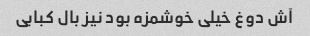
آش دوغ خیلی خوشمزه بود نیز بال کبابی